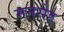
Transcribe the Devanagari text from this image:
मनसेह